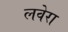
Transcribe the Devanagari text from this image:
लवेरा